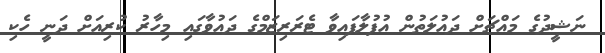
ނަޝީދުގެ މައްޗަށް ދައުލަތުން އުފުލާފައިވާ ޓެރަރިޒަމްގެ ދައުވާގައި މިހާރު ކުރިއަށް ދަނީ ހެކި